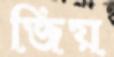
জিয়